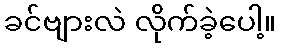
ခင်ဗျားလဲ လိုက်ခဲ့ပေါ့။